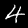
Label: 4